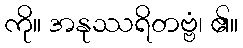
ကို။ အနုဿရိတဗ္ဗံ၊ ၏။